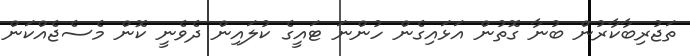
ތަޖުރިބާކާރުން ބުނާ ގޮތުން އަޅައިގެން ހުންނަ ޓައީގެ ކުލައިން ދެވެނީ ކޮން މެސެޖެއްކަން